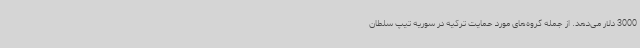
3000 دلار می‌دهد. از جمله گروه‌های مورد حمایت ترکیه در سوریه تیپ سلطان